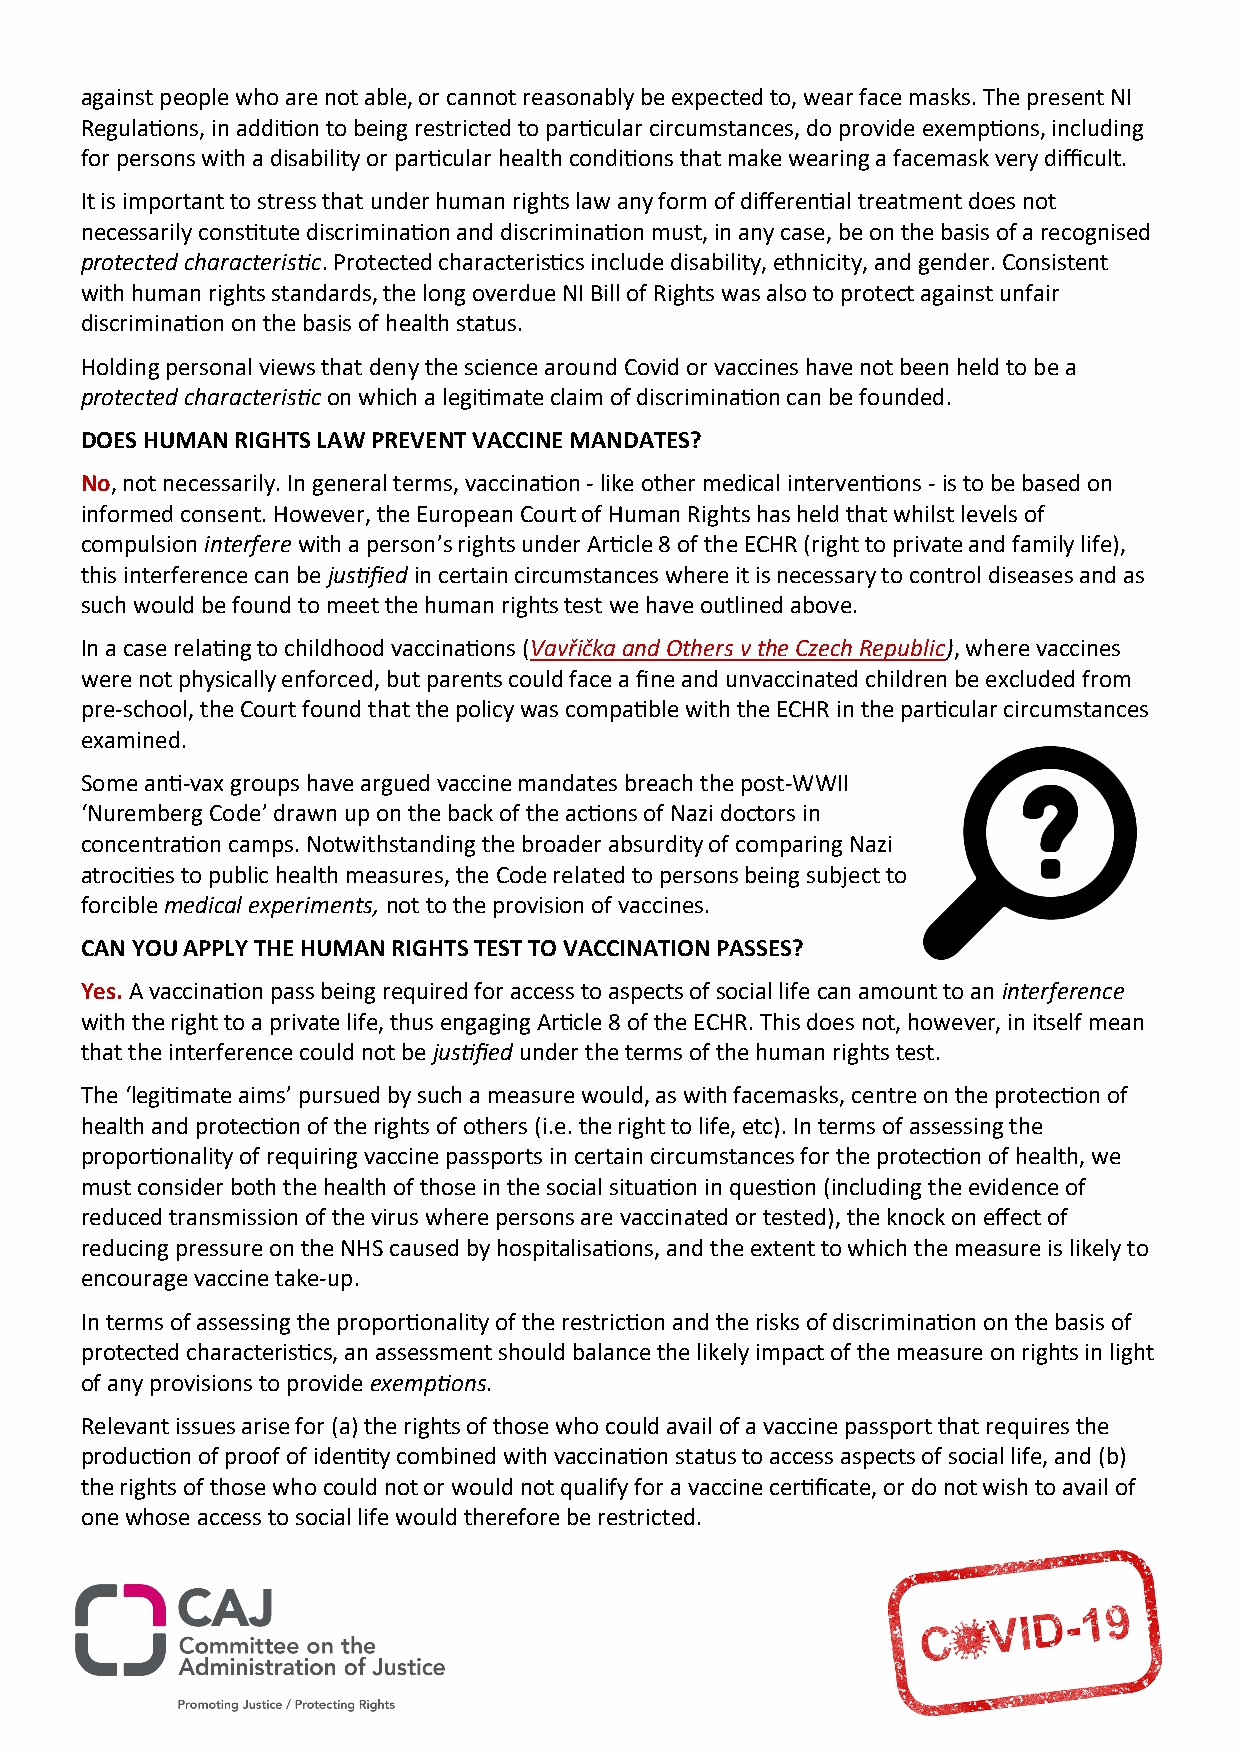
against people who are not able, or cannot reasonably be expected to, wear face masks. The present NI
 Regulations, in addition to being restricted to particular circumstances, do provide exemptions, including
 for persons with a disability or particular health conditions that make wearing a facemask very difficult.
 It is important to stress that under human rights law any form of differential treatment does not
 necessarily constitute discrimination and discrimination must, in any case, be on the basis of a recognised
 protected characteristic. Protected characteristics include disability, ethnicity, and gender. Consistent
 with human rights standards, the long overdue NI Bill of Rights was also to protect against unfair
 discrimination on the basis of health status.
 Holding personal views that deny the science around Covid or vaccines have not been held to be a
 protected characteristic on which a legitimate claim of discrimination can be founded.
 DOES HUMAN RIGHTS LAW PREVENT VACCINE MANDATES?
 No, not necessarily. In general terms, vaccination - like other medical interventions - is to be based on
 informed consent. However, the European Court of Human Rights has held that whilst levels of
 compulsion interfere with a person’s rights under Article 8 of the ECHR (right to private and family life),
 this interference can be justified in certain circumstances where it is necessary to control diseases and as
 such would be found to meet the human rights test we have outlined above.
 In a case relating to childhood vaccinations (Vavřička and Others v the Czech Republic), where vaccines
 were not physically enforced, but parents could face a fine and unvaccinated children be excluded from
 pre-school, the Court found that the policy was compatible with the ECHR in the particular circumstances
 examined.
 Some anti-vax groups have argued vaccine mandates breach the post-WWII
 ‘Nuremberg Code’ drawn up on the back of the actions of Nazi doctors in
 concentration camps. Notwithstanding the broader absurdity of comparing Nazi
 atrocities to public health measures, the Code related to persons being subject to
 forcible medical experiments, not to the provision of vaccines.
 CAN YOU APPLY THE HUMAN RIGHTS TEST TO VACCINATION PASSES?
 Yes. A vaccination pass being required for access to aspects of social life can amount to an interference
 with the right to a private life, thus engaging Article 8 of the ECHR. This does not, however, in itself mean
 that the interference could not be justified under the terms of the human rights test.
 The ‘legitimate aims’ pursued by such a measure would, as with facemasks, centre on the protection of
 health and protection of the rights of others (i.e. the right to life, etc). In terms of assessing the
 proportionality of requiring vaccine passports in certain circumstances for the protection of health, we
 must consider both the health of those in the social situation in question (including the evidence of
 reduced transmission of the virus where persons are vaccinated or tested), the knock on effect of
 reducing pressure on the NHS caused by hospitalisations, and the extent to which the measure is likely to
 encourage vaccine take-up.
 In terms of assessing the proportionality of the restriction and the risks of discrimination on the basis of
 protected characteristics, an assessment should balance the likely impact of the measure on rights in light
 of any provisions to provide exemptions.
 Relevant issues arise for (a) the rights of those who could avail of a vaccine passport that requires the
 production of proof of identity combined with vaccination status to access aspects of social life, and (b)
 the rights of those who could not or would not qualify for a vaccine certificate, or do not wish to avail of
 one whose access to social life would therefore be restricted.